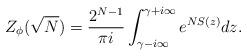
LaTeX: \begin{align*}Z_\phi(\sqrt{N})= \frac{2^{N-1}}{\pi i} \int_{\gamma-i\infty}^{\gamma+i\infty}e^{NS(z)}dz.\end{align*}